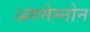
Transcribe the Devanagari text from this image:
अगमेम्नोन